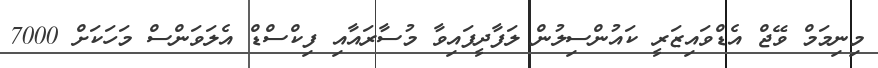
މިނިމަމް ވޭޖް އެޑްވައިޒަރީ ކައުންސިލުން ލަފާދީފައިވާ މުސާރައާއި ފިކްސްޑް އެލަވަންސް މަހަކަށް 7000